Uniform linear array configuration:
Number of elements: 24
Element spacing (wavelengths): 0.75
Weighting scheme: kaiser
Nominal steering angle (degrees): -60
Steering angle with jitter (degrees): -59.083
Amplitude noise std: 0.05
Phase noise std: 0.05

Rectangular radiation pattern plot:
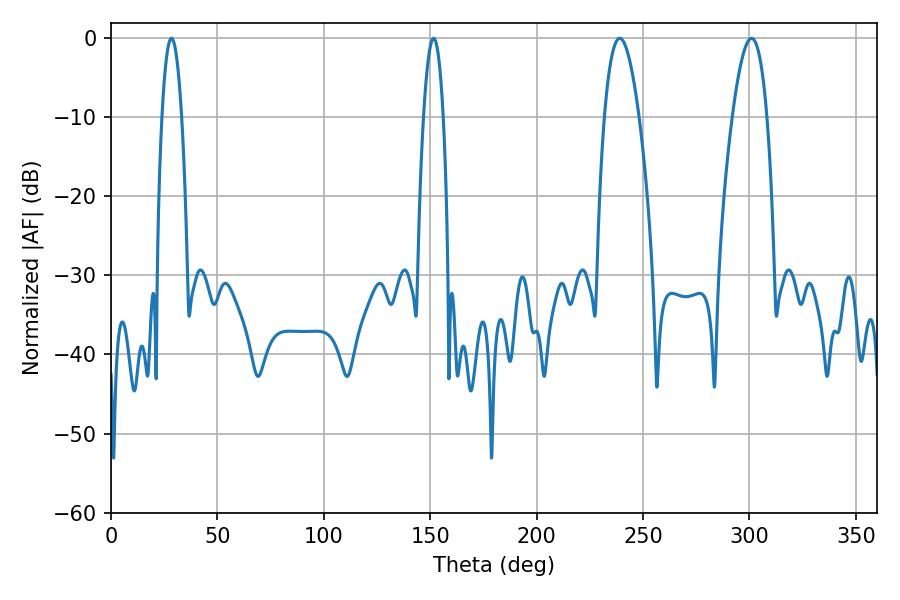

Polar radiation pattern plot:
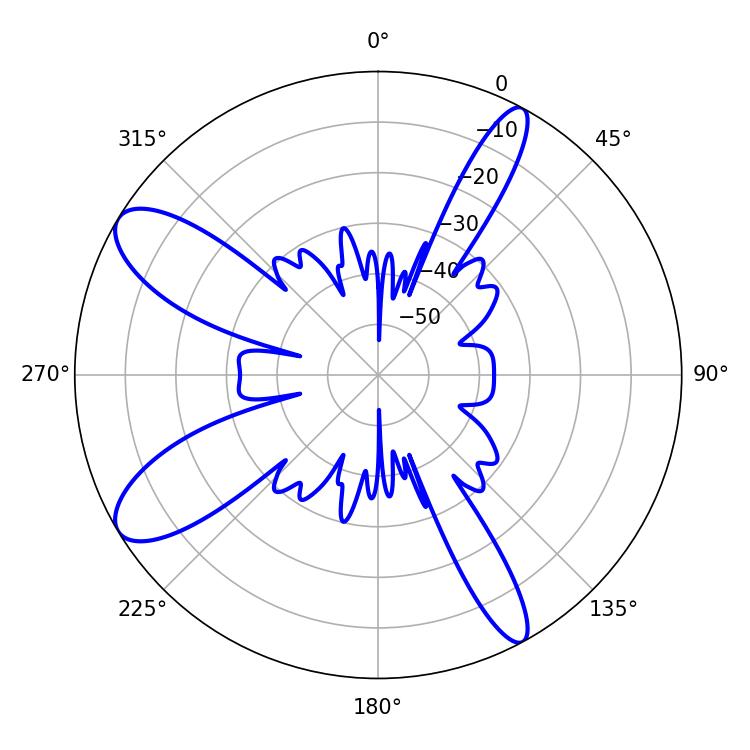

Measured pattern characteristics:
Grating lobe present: TRUE
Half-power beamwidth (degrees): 8.82
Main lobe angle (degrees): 239.04